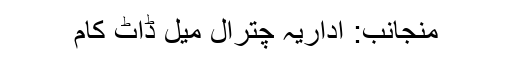
منجانب: اداریہ چترال میل ڈاٹ کام